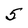
Character: 5